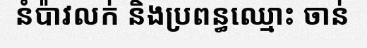
នំប៉ាវលក់ និងប្រពន្ធឈ្មោះ ចាន់